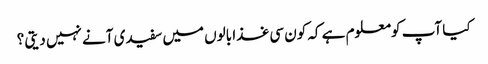
کیا آپ کومعلوم ہے کہ کون سی غذا بالوں میں سفیدی آنے نہیں دیتی ؟